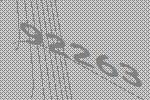
92263